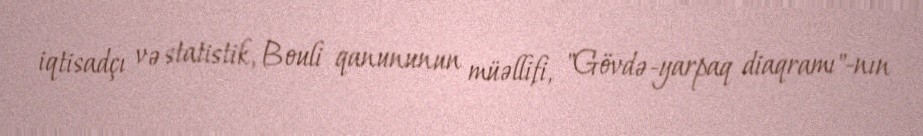
iqtisadçı və statistik, Bouli qanununun müəllifi, "Gövdə-yarpaq diaqramı"-nın